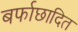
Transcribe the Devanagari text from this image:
बर्फाछादित